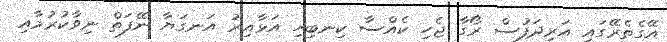
އޭގެތެރޭގައި އަރިދަފުސް ރޯގާ ޖެހި ކެއްސާ ކިނބިހި އަޅާއިރު އަނގަޔާ ނޭފަތް ނިވާކުރުމާއި